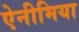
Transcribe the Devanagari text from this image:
ऐनीमिया